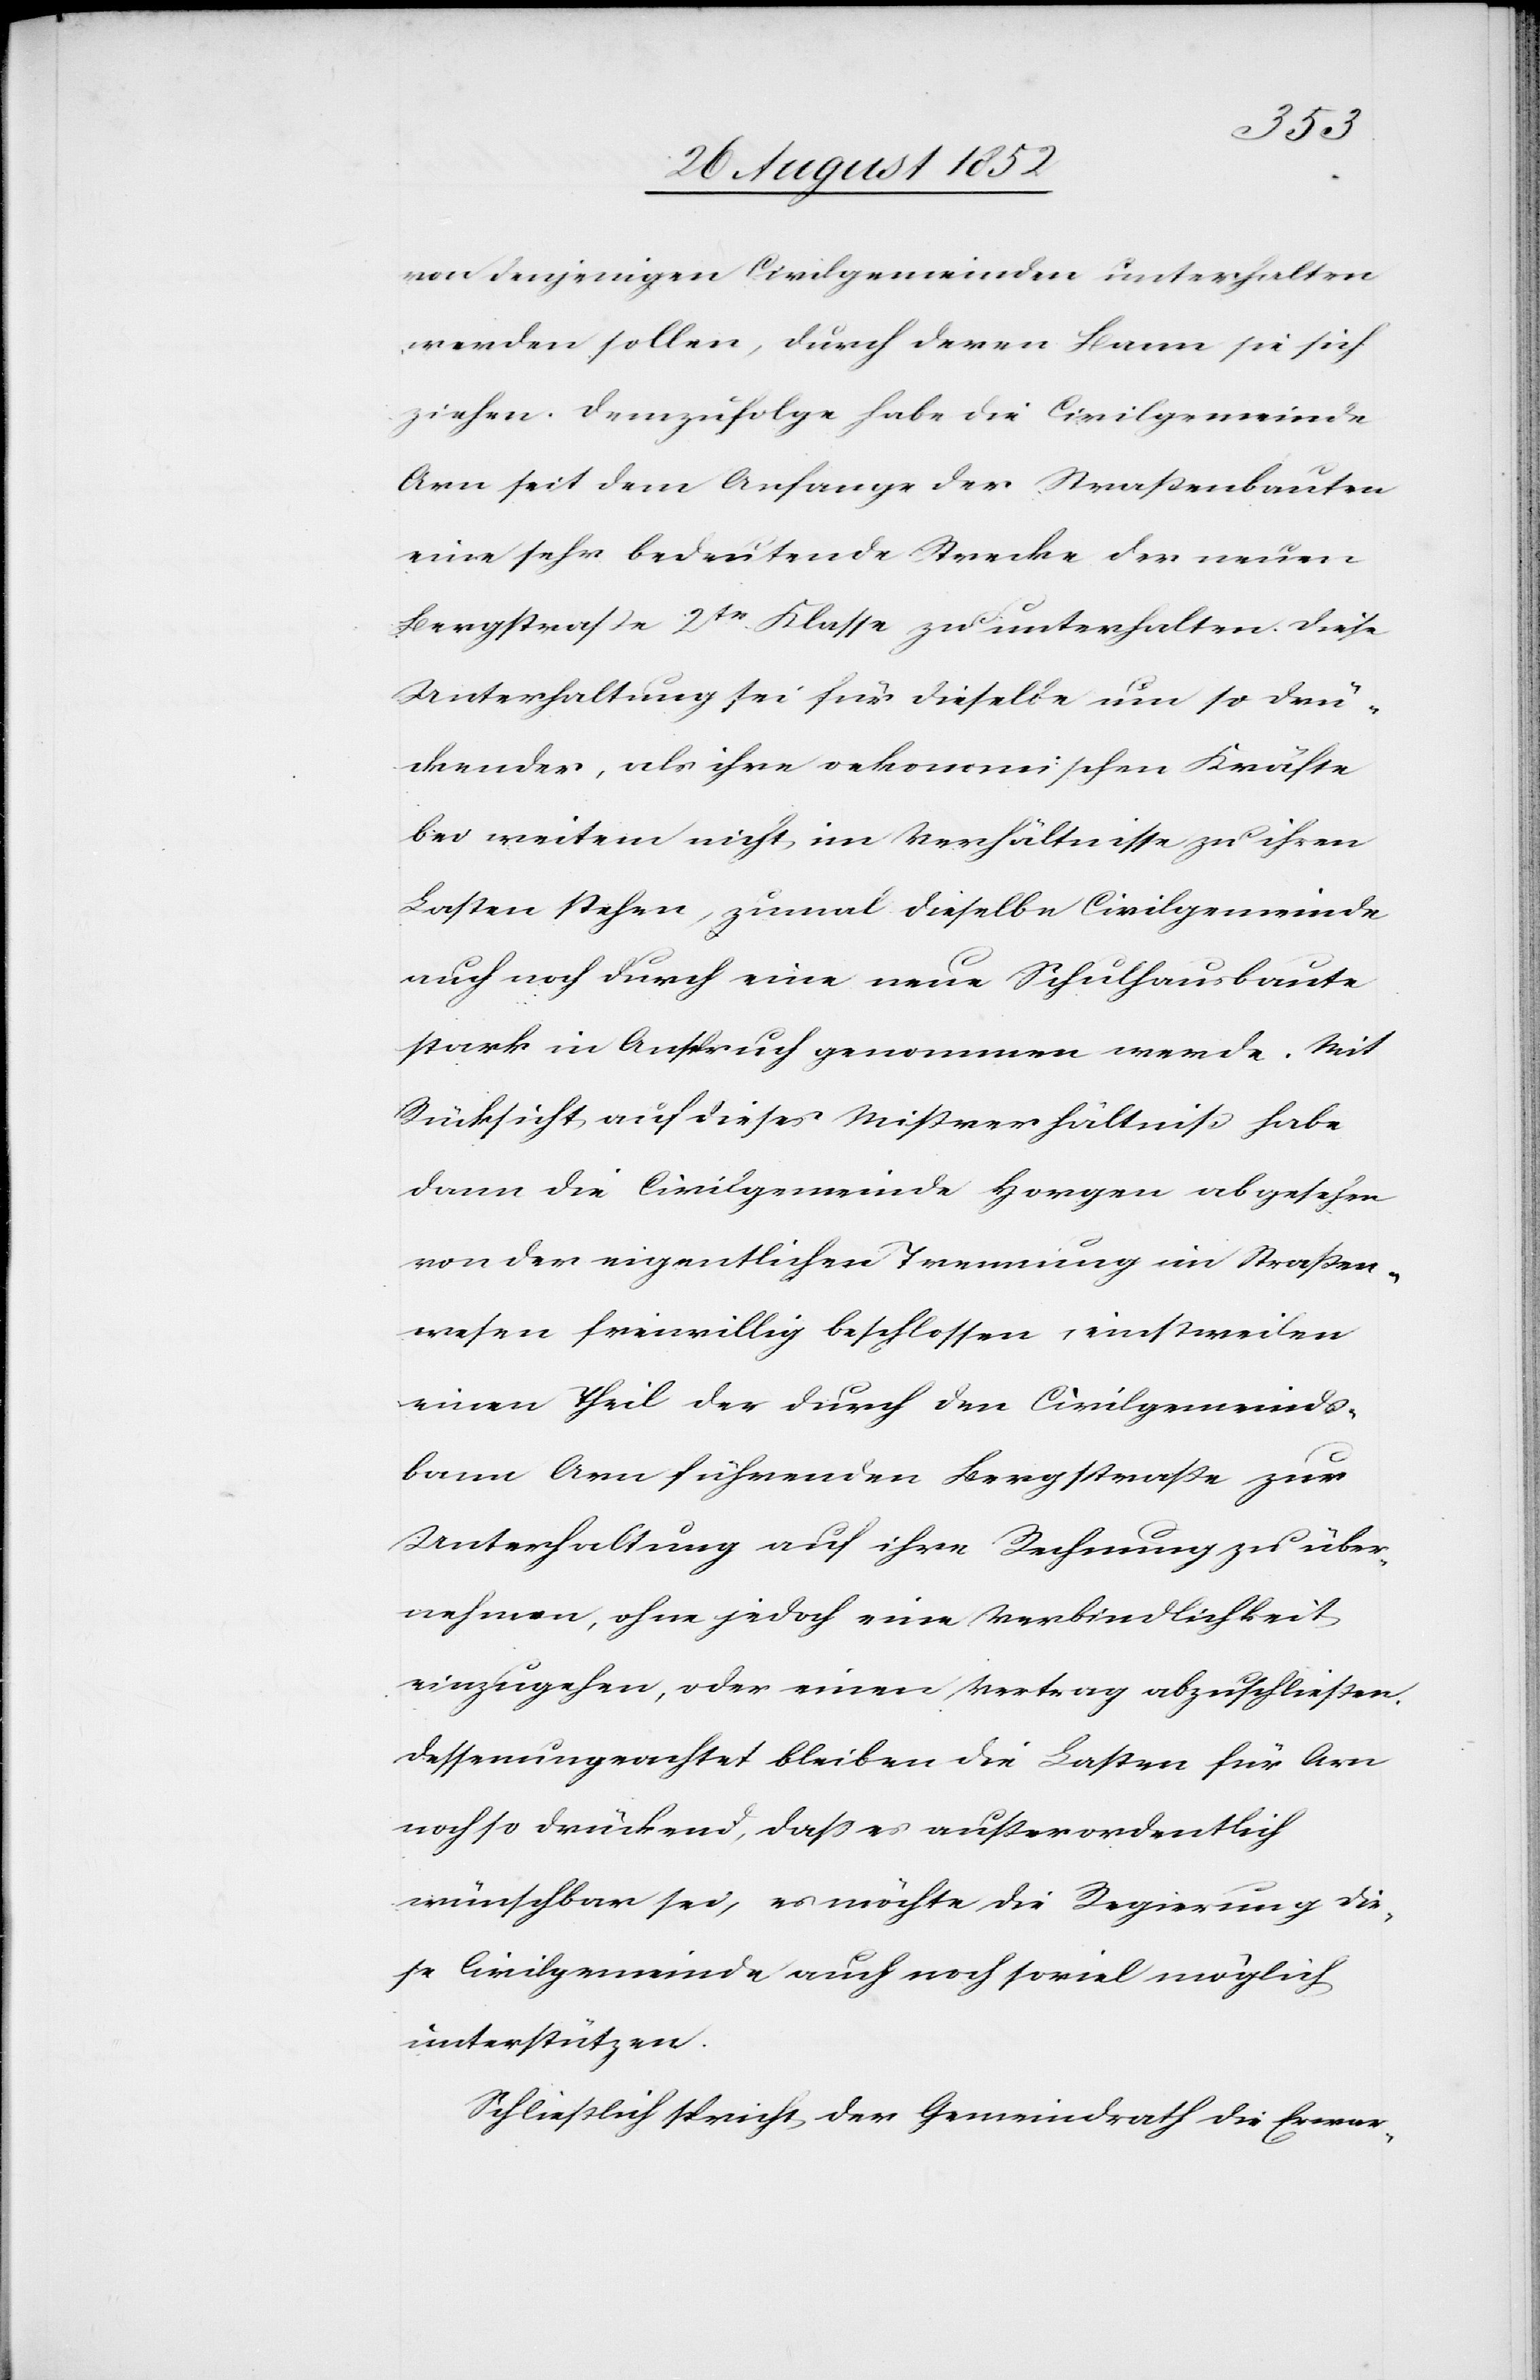
von denjenigen Civilgemeinden unterhalten
werden sollen, durch deren Bann sie sich
ziehen. Demzufolge habe die Civilgemeinde
Arn seit dem Anfange der Straßenbauten
eine sehr bedeutende Strecke der neuen
Bergstraße 2tr Klasse zu unterhalten. Diese
Unterhaltung sei für dieselbe um so drü¬
ckender, als ihre oekonomischen Kräfte
bei weitem nicht im Verhältnisse zu ihren
Lasten stehen, zumal dieselbe Civilgemeinde
auch noch durch eine neue Schulhausbaute
stark in Anspruch genommen werde. Mit
Rücksicht auf dieses Mißverhältniß habe
dann die Civilgemeinde Horgen abgesehen
von der eigentlichen Trennung im Straßen¬
wesen freiwillig beschlossen, einstweilen
einen Theil der durch den Civilgemeinds¬
bann Arn führenden Bergstraße zur
Unterhaltung auf ihre Rechnung zu über¬
nehmen, ohne jedoch eine Verbindlichkeit
einzugehen, oder einen Vertrag abzuschließen.
Dessenungeachtet bleiben die Lasten für Arn
noch so drückend, dass es außerordentlich
wünschbar sei, es möchte die Regierung die¬
se Civilgemeinde auch noch soviel möglich
unterstützen.
Schließlich spricht der Gemeindrath die Erwar-